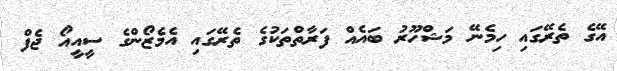
އޭގެ ތެރޭގައި ހިމެނޭ މަޝްހޫރު ބައެއް ފަރާތްތަކުގެ ތެރޭގައި އެމެޒޯންގެ ސީއީއޯ ޖެފް